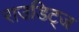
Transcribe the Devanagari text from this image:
राउडिट्ज